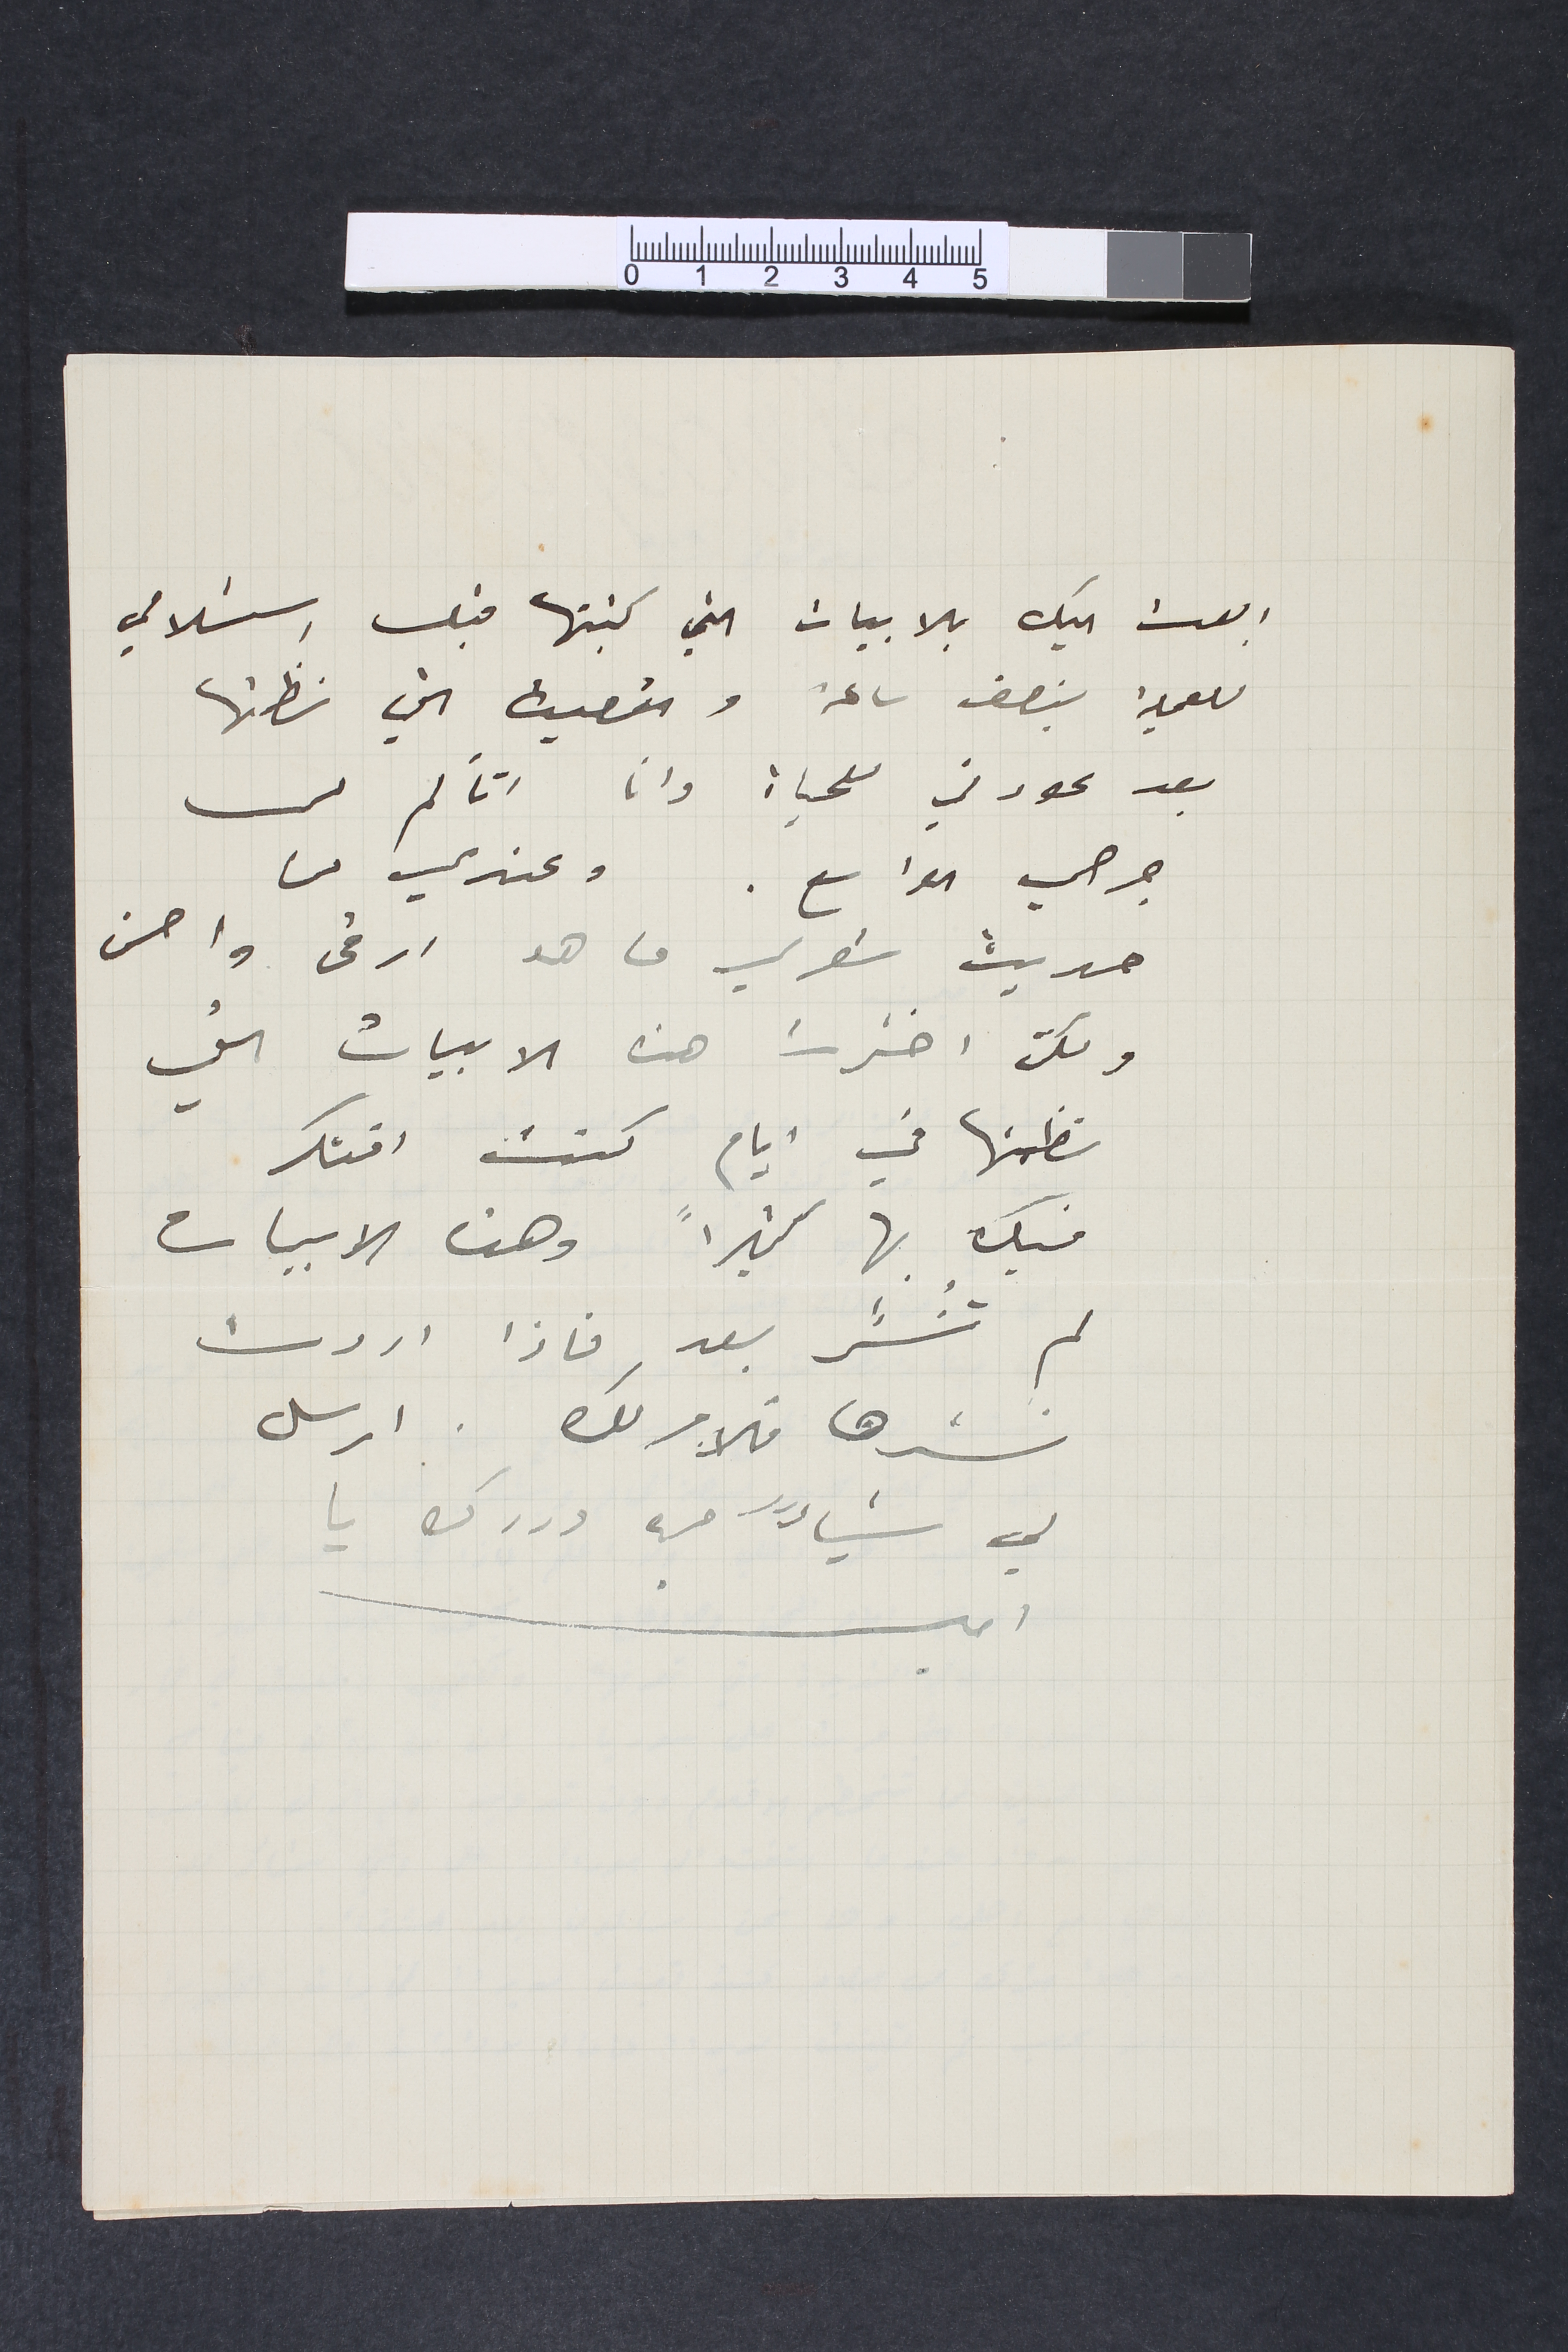
ابعت اليك بالابيات التي كتبتها قبل استسلامي

للعملية بنصف ساعة والقصيدة التي نظمتها
بعد عودتي للحياة وانا اتألم من
جرحي الواسع. وعندي من
حديث شعري ما هو ارقى واحسن
ولكن اخترت هذه الابيات التي
نظمتها في ايام كنت افتكر
فيك بها كثيراً وهذه الابيات
لم تنشر بعد فاذا اردت
نشرها فالامر  لك. ارسل
لي شيأً من دررك يا
امين